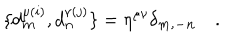
\{ d _ { \bf m } ^ { \mu ( i ) } , d _ { \bf n } ^ { \nu ( j ) } \} = \eta ^ { \mu \nu } \delta _ { \bf m , \bf - n } \quad .